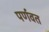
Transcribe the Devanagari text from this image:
पर्णवत